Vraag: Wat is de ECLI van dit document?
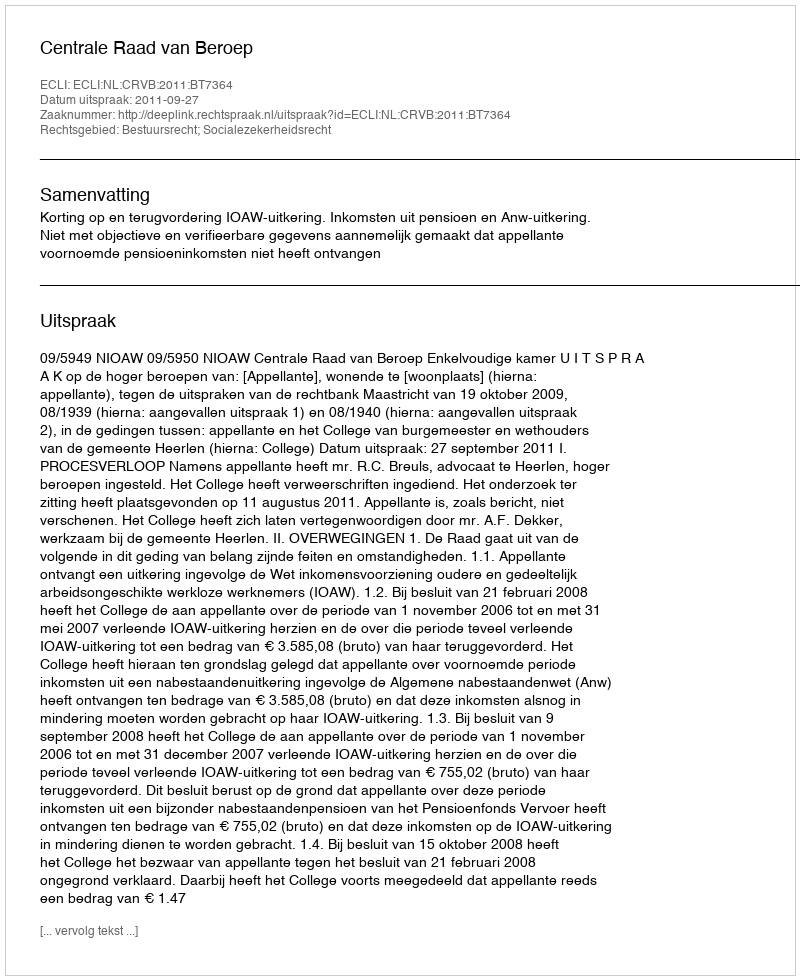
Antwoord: ECLI:NL:CRVB:2011:BT7364